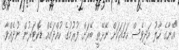
"އޭނާގެ ހާލު އަދިވެސް ހަމައަކަށް ނޭޅޭތީ ބޭރަށް ފުރުމުގެ ހުއްދައެއް ޑޮކްޓަރުން ނުދެއްވާ.